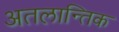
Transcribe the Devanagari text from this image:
अतलान्तिक